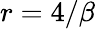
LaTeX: r=4/\beta